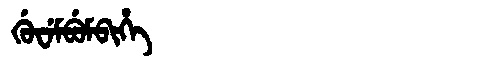
Manchu: ᡤᡠᠸᡝᠮᠪᡠᠮᠪᡳᡥᡝ
Romanization: GUWEMBUMBIHE